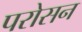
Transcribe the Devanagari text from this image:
परोसन